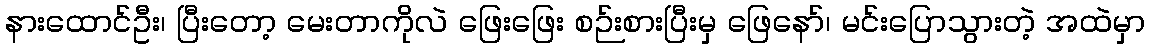
နားထောင်ဦး၊ ပြီးတော့ မေးတာကိုလဲ ဖြေးဖြေး စဉ်းစားပြီးမှ ဖြေနော်၊ မင်းပြောသွားတဲ့ အထဲမှာ